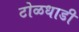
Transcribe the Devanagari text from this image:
टोळधाडी